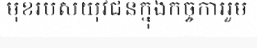
មុខរបស់យុវជនក្នុងកិច្ចការរួម